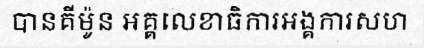
បានគីម៉ូន អគ្គលេខាធិការអង្គការសហ